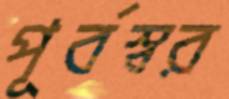
পূর্বস্বর